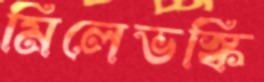
মিলেভস্কি